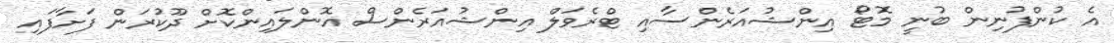
އެ ކުންފުނިން ބުނީ މޮޓޯ އިންޝުއަރެންސާއި ޓްރެވަލް އިންޝުއަރެންސް އޮންލައިންކޮށް ދޫކުރަން ފަށާފައި